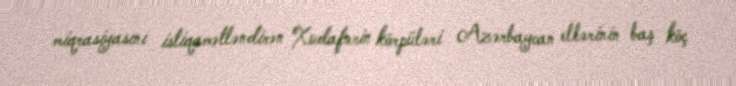
miqrasiyasını istiqamətləndirən Xudafərin körpüləri Azərbaycan ellərinin baş köç